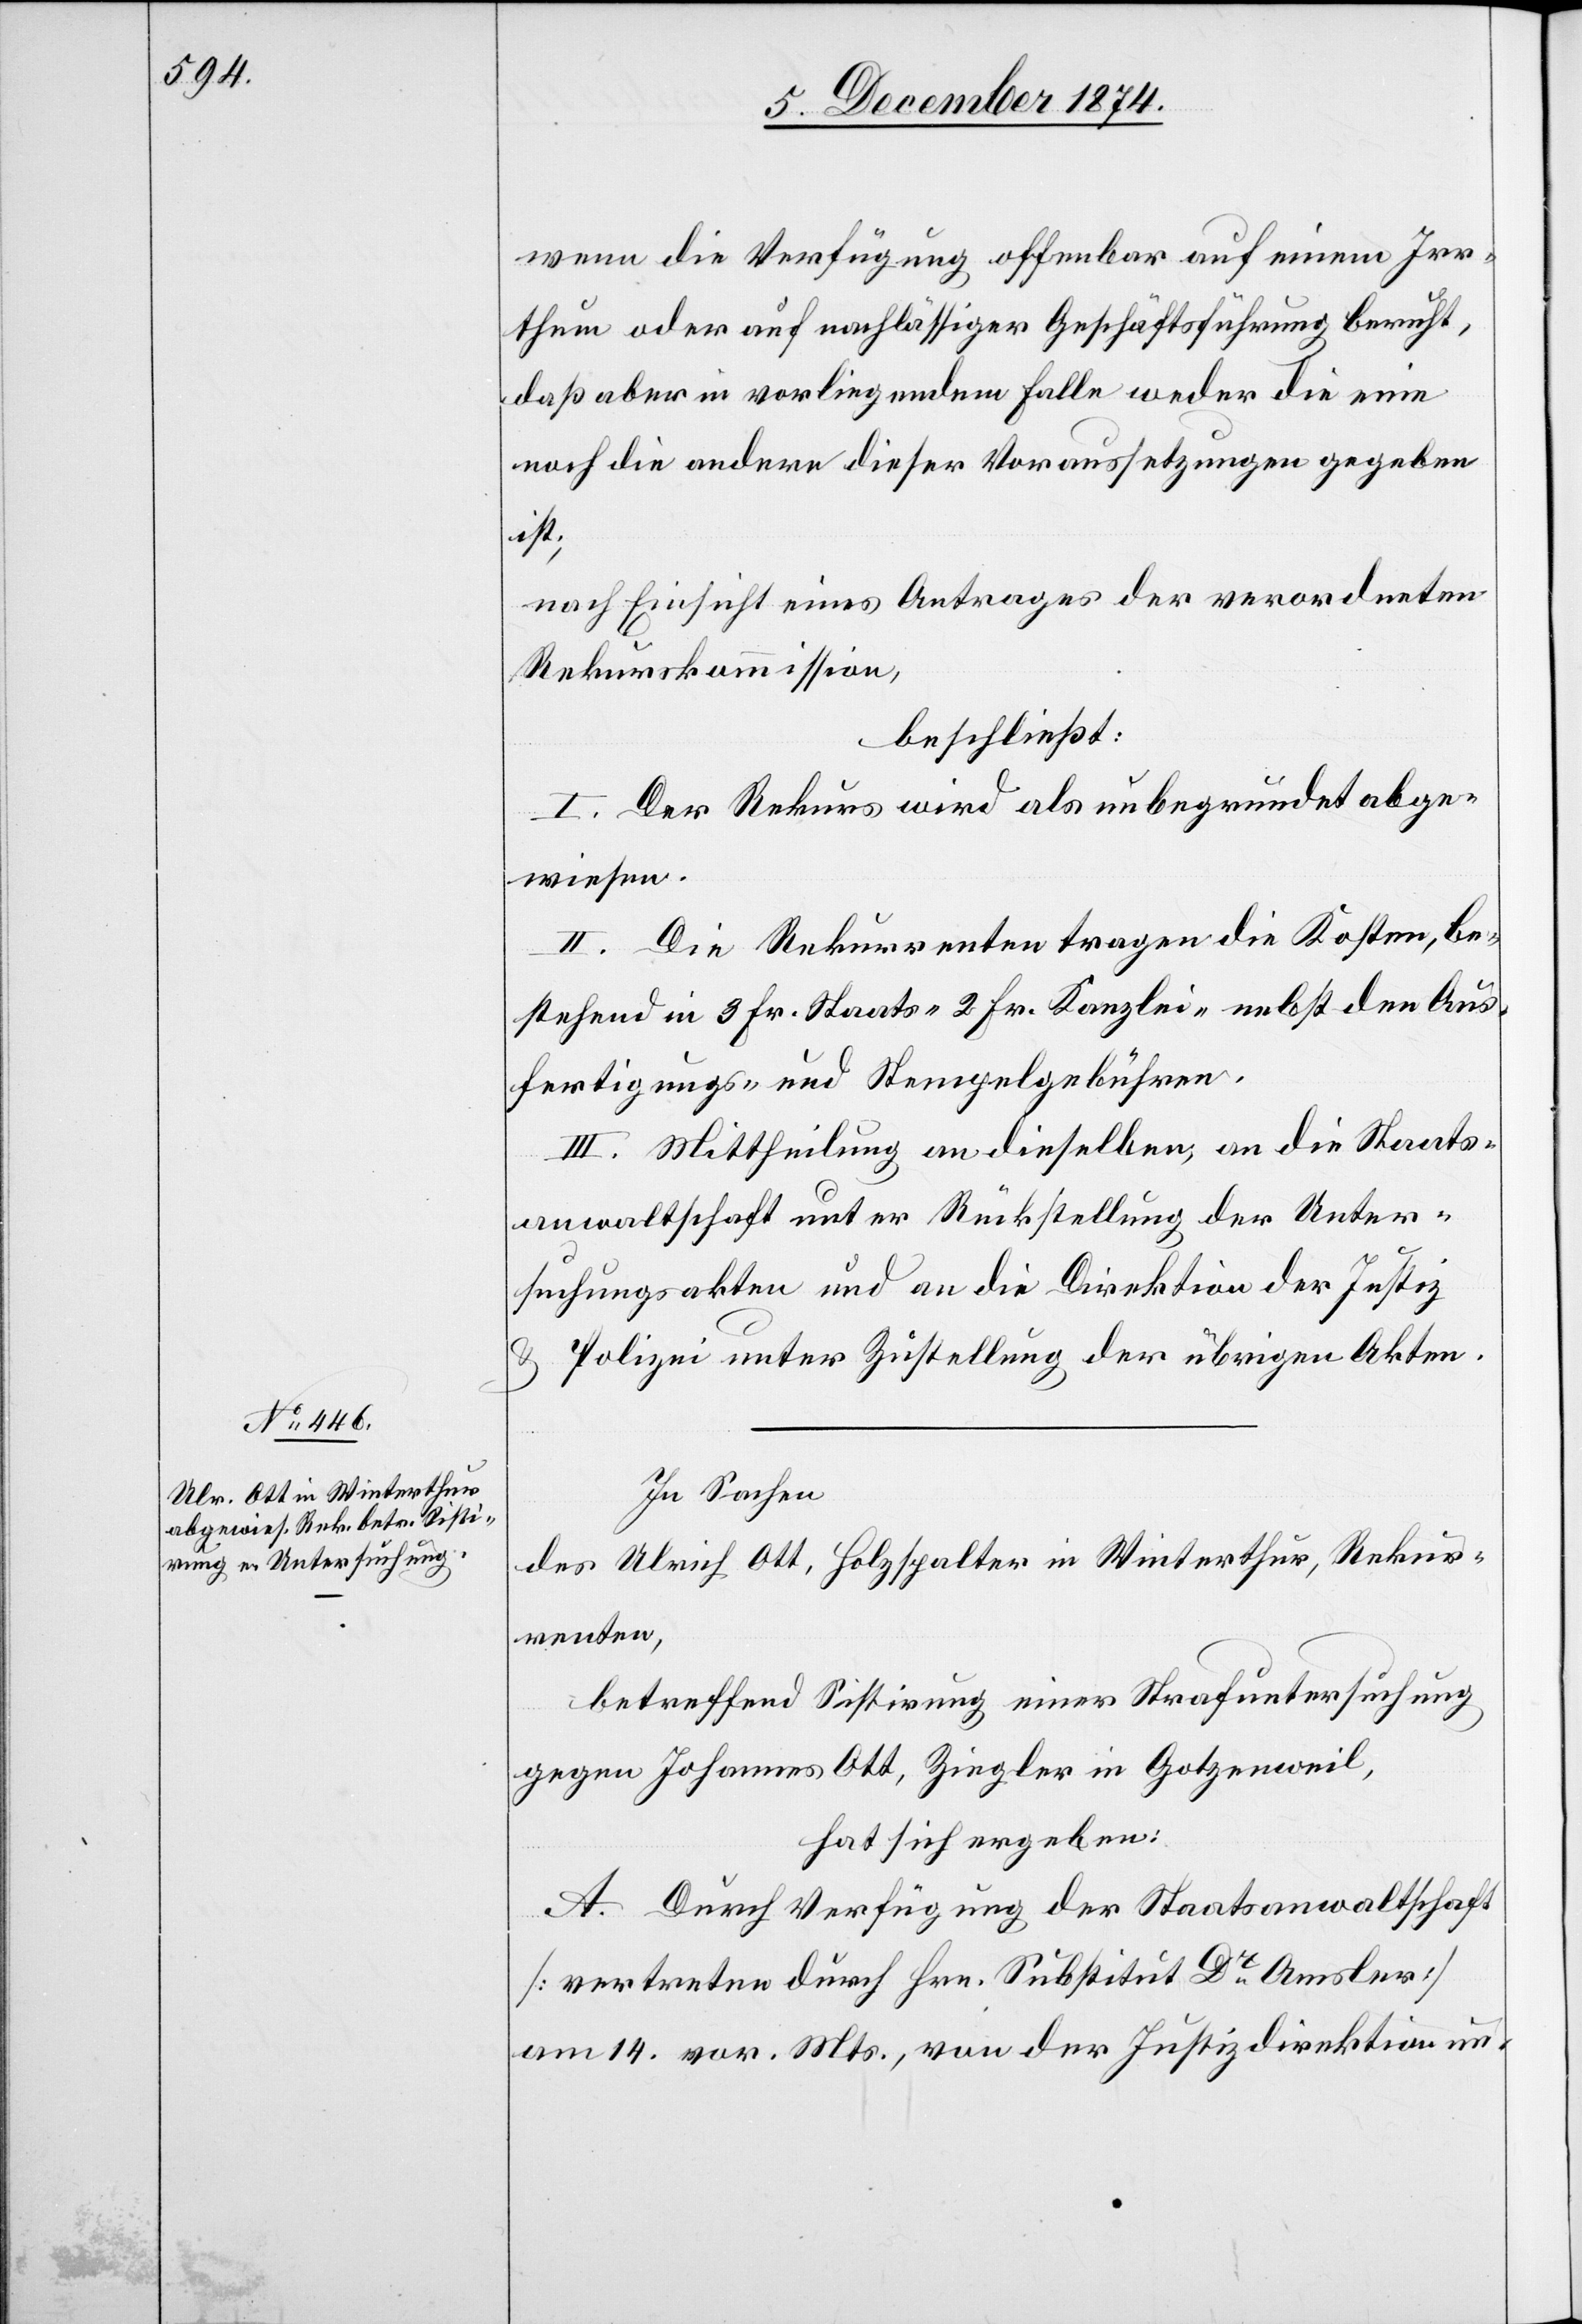
wenn die Verfügung offenbar auf einem Irr¬
thum oder auf nachlässiger Geschäftsführung beruht,
daß aber in vorliegendem Falle weder die eine
noch die andere dieser Voraussetzungen gegeben
ist;
nach Einsicht eines Antrages der verordneten
Rekurskommission,
beschließt:
I. Der Rekurs wird als unbegründet abge¬
wiesen.
II. Die Rekurrenten tragen die Kosten, be¬
stehend in 3 Fr. Staats-[,] 2 Fr. Kanzlei- nebst den Aus¬
fertigungs- und Stempelgebühren.
III. Mittheilung an dieselben, an die Staats¬
anwaltschaft unter Rückstellung der Unter¬
suchungsakten und an die Direktion der Justiz
& Polizei unter Zustellung der übrigen Akten.
In Sachen
des Ulrich Ott, Holzspalter in Winterthur, Rekur¬
renten,
betreffend Sistirung einer Strafuntersuchung
gegen Johannes Ott, Ziegler in Gotzenweil,
hat sich ergeben:
A. Durch Verfügung der Staatsanwaltschaft
[vertreten durch Hrn. Substitut Dr Amsler]
am 14. vor. Mts., von der Justizdirektion un-